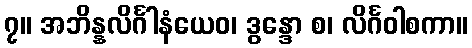
၇။ အဘိန္နလိင်္ဂါနံယေဝ၊ ဒွန္ဒော စ၊ လိင်္ဂဝါစကာ။